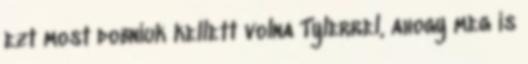
ezt most dobniuk kellett volna Tylerrel, ahogy meg is